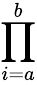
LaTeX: \prod_{i=a}^{b}